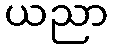
ယညာ